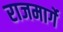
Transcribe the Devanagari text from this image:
राजमार्गे